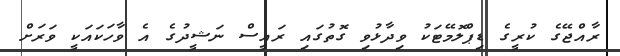
ރާއްޖޭގެ ކުރީގެ ޑިޕްލޮމޭޓަކު ވިދާޅުވި ގޮތުގައި ރައީސް ނަޝީދުގެ އެ ވާހަކައަކީ ވަރަށް